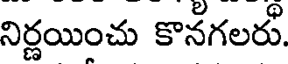
నిర్ణయించు కొనగలరు.